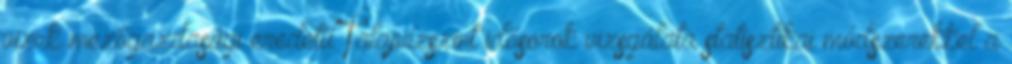
vizek mezőgazdasági eredetű Talajvízszint idősorok vizsgálata statisztikai módszerekkel a